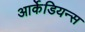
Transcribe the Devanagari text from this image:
आर्केडियन्स